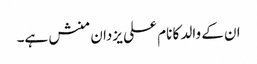
ان کے والد کا نام علی یزدان منش ہے۔